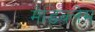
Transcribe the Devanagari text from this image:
मेडिक्लेम